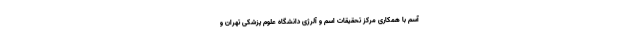
آسم با همکاری مرکز تحقیقات اسم و آلرژی دانشگاه علوم پزشکی تهران و